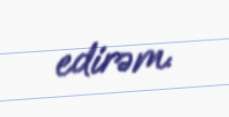
edirəm.